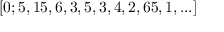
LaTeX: [ 0 ; 5 , 1 5 , 6 , 3 , 5 , 3 , 4 , 2 , 6 5 , 1 , . . . ]